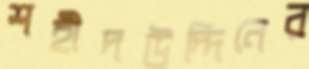
শহীদউদ্দিনের